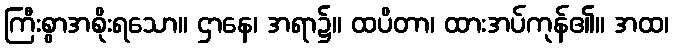
ကြီးစွာအစိုးရသော။ ဌာနေ၊ အရာ၌။ ထပိတာ၊ ထားအပ်ကုန်၏။ အထ၊